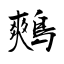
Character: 鷞